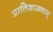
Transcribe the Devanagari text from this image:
प्रातिशाख्यम्